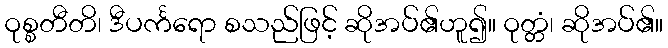
ဝုစ္စတီတိ၊ ဒီပင်္ကရော စသည်ဖြင့် ဆိုအပ်၏ဟူ၍။ ဝုတ္တံ၊ ဆိုအပ်၏။